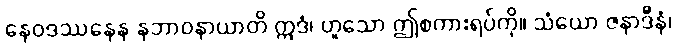
နေဝဒဿနေန နဘာဝနာယာတိ ဣဒံ၊ ဟူသော ဤစကားရပ်ကို။ သံယော ဇနာဒီနံ၊